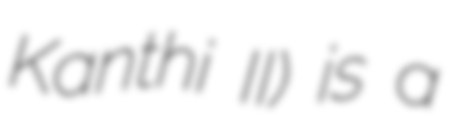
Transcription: Kanthi II) is a